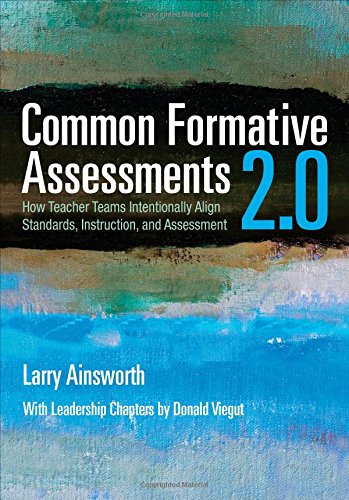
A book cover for Common Formative Assessments 2.0: How Teacher Teams Intentionally Align Standards, Instruction, and Assessment; Larry B. Ainsworth; Education & Teaching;